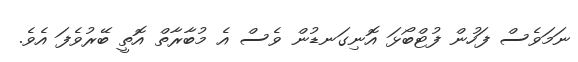
ނަމަވެސް ފަހުން ފުޓްބޯޅަ އޮނިގަނޑުން ވެސް އެ މުބާރާތް އޮތީ ބޭރުވެފަ އެވެ.